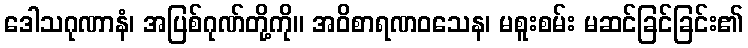
ဒေါသဂုဏာနံ၊ အပြစ်ဂုဏ်တို့ကို။ အဝိစာရဏဝသေန၊ မစူးစမ်း မဆင်ခြင်ခြင်း၏